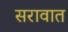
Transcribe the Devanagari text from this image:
सरावात